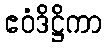
ဧဝံဒိဋ္ဌိကာ